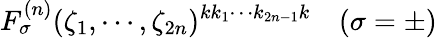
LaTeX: F_{\sigma}^{(n)}(\zeta_{1},\cdots,\zeta_{2n})^{kk_{1}\cdots k_{2n-1}k}~~~~(\sigma=\pm)